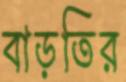
বাড়তির